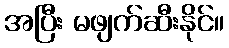
အပြီး မဖျက်ဆီးနိုင်။